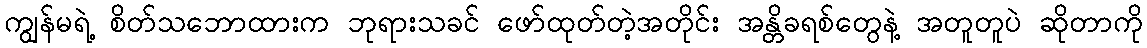
ကျွန်မရဲ့ စိတ်သဘောထားက ဘုရားသခင် ဖော်ထုတ်တဲ့အတိုင်း အန္တိခရစ်တွေနဲ့ အတူတူပဲ ဆိုတာကို